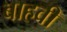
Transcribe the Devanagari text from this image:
बाहवीं